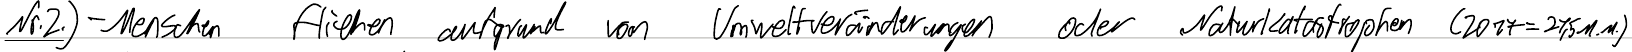
Nr.2.) - Menschen fliehen aufgrund von Umweltveränderungen oder Naturkatastrophen (2017 = 21,5 M.M.)